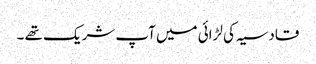
قادسیہ کی لڑائی میں آپ شریک تھے ۔